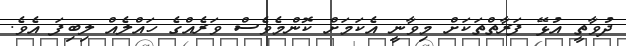
ދުވާތީ އުޅޭ ފަރާތްތަކަށް މިވާނީ އެކަމަށް ކޮންމެވެސް ވަރެއްގެ ހައްލެއް ލިބިފަ އެވެ.